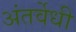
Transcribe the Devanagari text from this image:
अंतर्वेधी